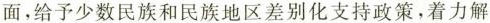
面，给予少数民族和民族地区差别化支持政策，着力解